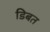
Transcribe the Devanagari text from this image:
डिबत